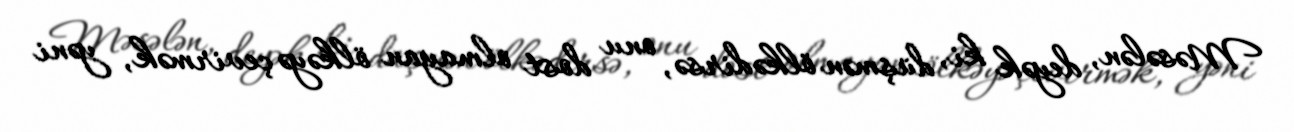
Məsələn, deyək ki, düşmən ölkədirsə, onu dost olmayan ölkəyə çevirmək, yəni